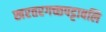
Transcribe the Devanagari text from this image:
खरतरगच्छपट्टावलि